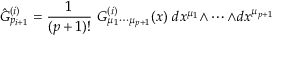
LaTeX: \hat { G } _ { p _ { i + 1 } } ^ { ( i ) } = { \frac { 1 } { ( p + 1 ) ! } } \ G _ { \mu _ { 1 } \cdots \mu _ { p + 1 } } ^ { ( i ) } ( x ) \ d x ^ { \mu _ { 1 } } { \wedge \cdots \wedge } d x ^ { \mu _ { p + 1 } }